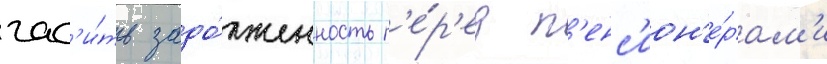
гас'и́ть задо́лженность п'е́р'ед п'енс'ион'е́рам'и